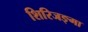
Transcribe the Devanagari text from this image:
शिरिजङ्गा